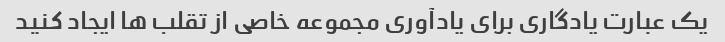
یک عبارت یادگاری برای یادآوری مجموعه خاصی از تقلب ها ایجاد کنید